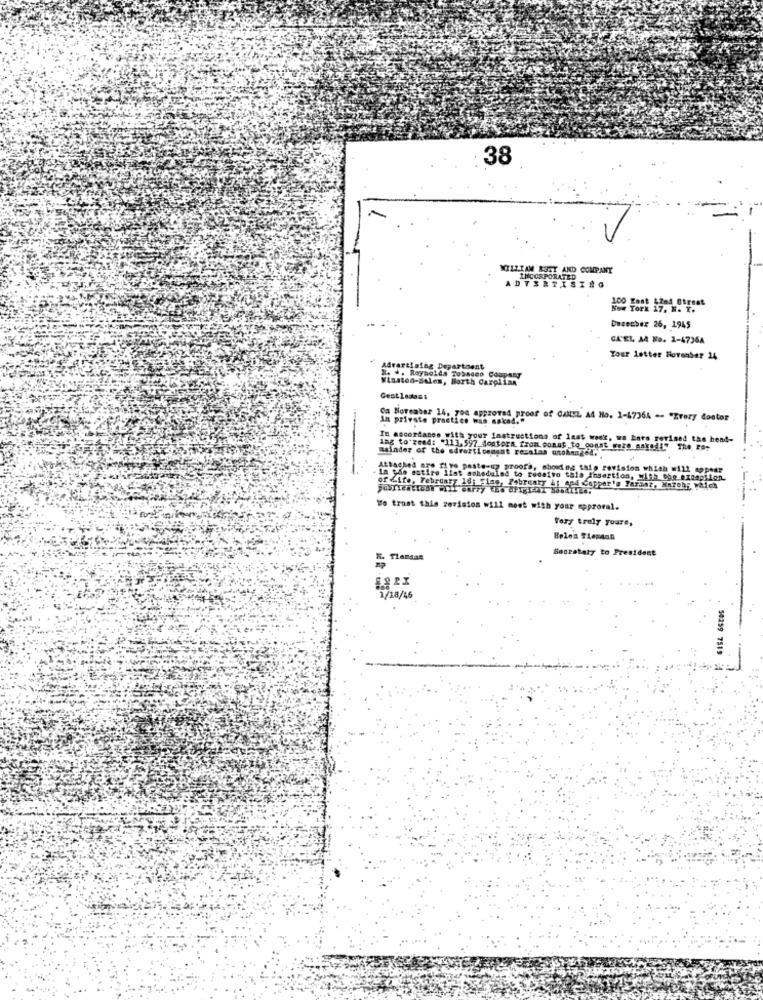
: 38
WILLIAM RUTY AND COMPANY
ADVERTISING
INCORPORATED
100 Eant 42nd Street
No. York 17. W. X.
December 26, 1945
CA'EL A& No. 1-4736A
Your letter Hovenber 24
Advertising Department
. .. Reynolda Tobacco Company
Winston-Salem, North Carglian
In private practice was asked."
Oa November 14, yo0 approved proof of CAMEL AA No. 1-47364 -- "Zrory doctor
In accordance with your instructions of laat wask, we Lars revised ths head-
Rainder of the sdroiticengnt remains unchanged.
Ing to'rend: "113,597 doutora from.conut to_const were sakadi" The rap
Attached are five paste-up proofs, showing thio revision which will appear
In the entire list scheduled to receive tals insertion, 1719h the exception.
of Life, February 16; Fine, February &; and Copper's Taranz, Marchy willch
We trust this revision will meet with your approval.
Very truly yours,
Sacrataly to President
Tlendas
50259 7519